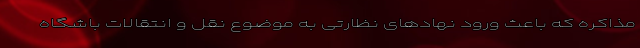
مذاکره که باعث ورود نهادهای نظارتی به موضوع نقل و انتقالات باشگاه